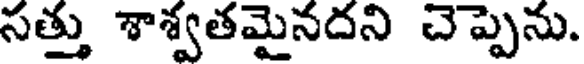
సత్తు శాశ్వతమైనదని చెప్పెను.